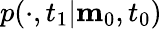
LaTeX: p(\cdot,t_{1}|\mathbf{m}_{0},t_{0})